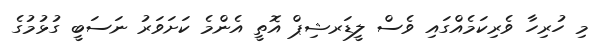
މި ހުރިހާ ވެރިކަމެއްގައި ވެސް ލީޑަރޝިޕް އޮތީ އެންމެ ކަށަވަރު ނަސަބީ ގުޅުމުގެ